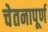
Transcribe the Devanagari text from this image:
चेतनापूर्ण